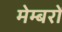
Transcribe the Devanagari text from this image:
मेम्बरों